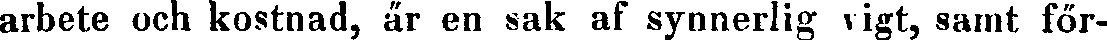
arbete och kostnad, är en sak af synnerlig vigt, samt för-